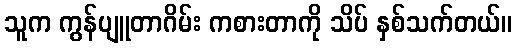
သူက ကွန်ပျူတာဂိမ်း ကစားတာကို သိပ် နှစ်သက်တယ်။